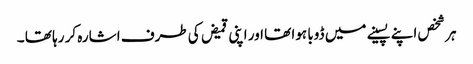
ہر شخص اپنے پسینے میں ڈوبا ہوا تھا اور اپنی قمیض کی طرف اشارہ کر رہا تھا ۔